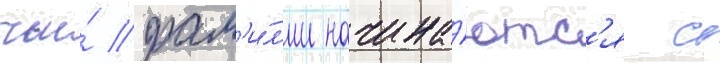
чьи́ фам'и́л'ии начина́ютс'я с